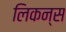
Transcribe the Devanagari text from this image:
लिकन्स